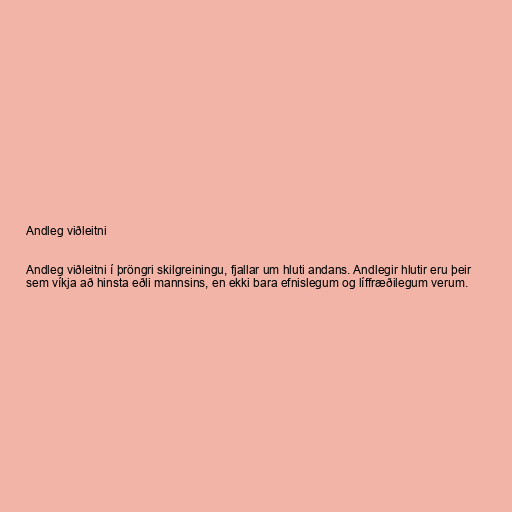
Andleg viðleitni

Andleg viðleitni í þröngri skilgreiningu, fjallar um hluti andans. Andlegir hlutir eru þeir
sem víkja að hinsta eðli mannsins, en ekki bara efnislegum og líffræðilegum verum.